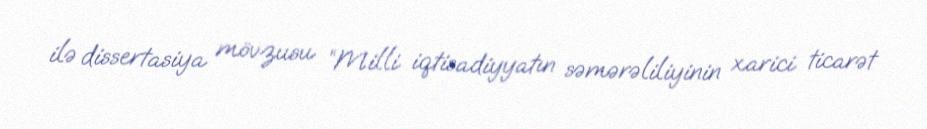
ilə dissertasiya mövzusu “Milli iqtisadiyyatın səmərəliliyinin xarici ticarət